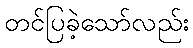
တင်ပြခဲ့သော်လည်း